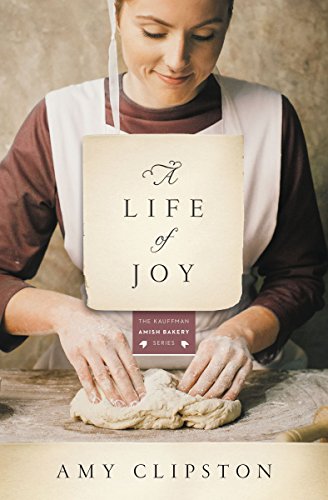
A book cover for A Life of Joy: A Novel (Kauffman Amish Bakery Series); Amy Clipston; Romance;